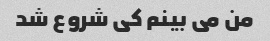
من می بینم کی شروع شد